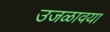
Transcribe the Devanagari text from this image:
उजळावया